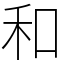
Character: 和